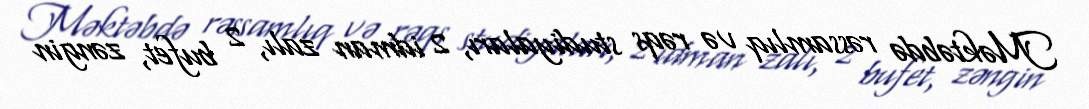
Məktəbdə rəssamlıq və rəqs studiyaları, 2 idman zalı, 2 bufet, zəngin